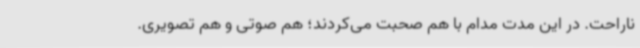
ناراحت. در این مدت مدام با هم صحبت می‌کردند؛ هم صوتی و هم تصویری.